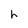
Character: h